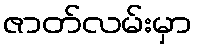
ဇာတ်လမ်းမှာ